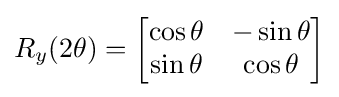
R_{y}(2\theta )={\begin{bmatrix}\cos \theta &-\sin \theta \\\sin \theta &\cos \theta \end{bmatrix}}